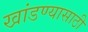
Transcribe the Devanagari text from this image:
खांडण्यासाठी